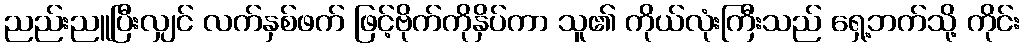
ညည်းညူပြီးလျှင် လက်နှစ်ဖက် ဖြင့်ဗိုက်ကိုနှိပ်ကာ သူ၏ ကိုယ်လုံးကြီးသည် ရှေ့ဘက်သို့ ကိုင်း